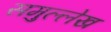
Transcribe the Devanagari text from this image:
समुल्लेख